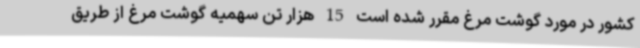
کشور در مورد گوشت مرغ مقرر شده است 15 هزار تن سهمیه گوشت مرغ از طریق